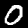
Digit: 0